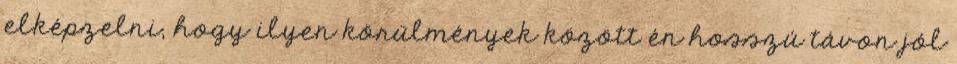
elképzelni, hogy ilyen körülmények között én hosszú távon jól